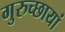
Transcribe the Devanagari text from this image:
गुरुच्छायां